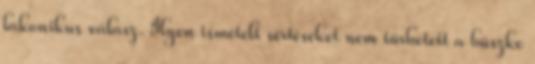
lakonikus válasz. Ilyen ismételt sértéseket nem tűrhetett a büszke